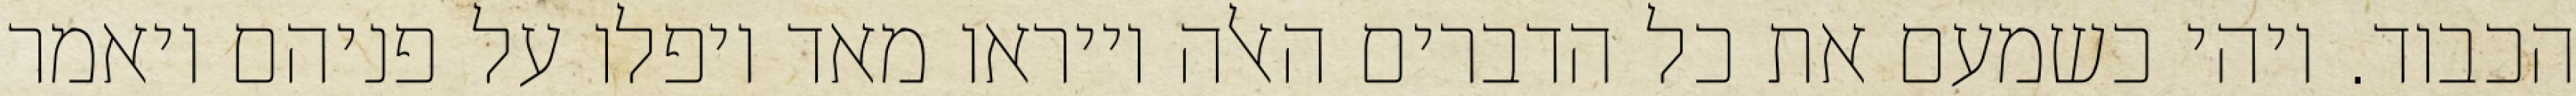
הכבוד. ויהי כשמעם את כל הדברים האלה וייראו מאד ויפלו על פניהם ויאמר